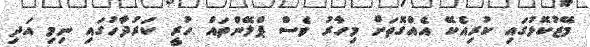
މޭޒުކޮޅުގައި ކުރިއެކޭ އެއްގޮތަށް މިހާރު ވެސް ޕްލޭންތައް ހުރީ ކަރުދާހުގައި ނިމި އަދި